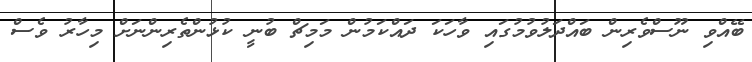
ބޭއްވި ނޫސްވެރިން ބައްދަލުވުމުގައި ވާހަކަ ދައްކަމުން މަމިޗް ބުނީ ކުޅުންތެރިންނަށް މިހާރު ވެސް